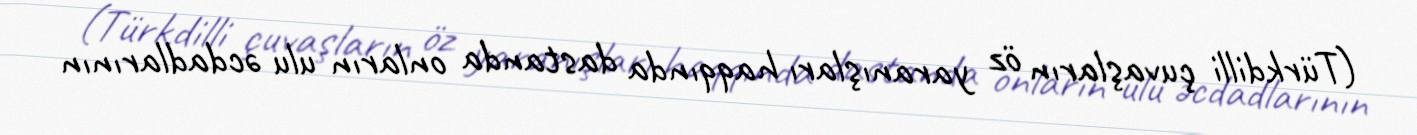
(Türkdilli çuvaşların öz yaranışları haqqında dastanda onların ulu əcdadlarının